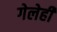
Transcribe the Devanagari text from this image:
गेलेही